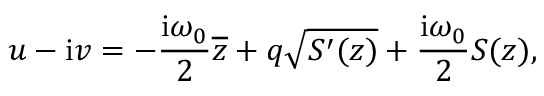
u - \mathrm { i } v = - { \frac { \mathrm { i } \omega _ { 0 } } { 2 } } \overline { { z } } + q \sqrt { S ^ { \prime } ( z ) } + { \frac { \mathrm { i } \omega _ { 0 } } { 2 } } S ( z ) ,